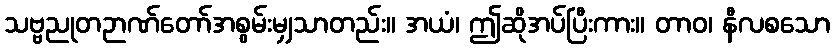
သဗ္ဗညုတဉာဏ်တော်အစွမ်းမျှသာတည်း။ အယံ၊ ဤဆိုအပ်ပြီးကား။ တာဝ၊ နီလစသော